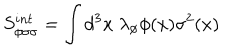
S _ { \phi \sigma \sigma } ^ { i n t } = \int d ^ { 3 } x \; \lambda _ { \phi } \phi ( x ) \sigma ^ { 2 } ( x )